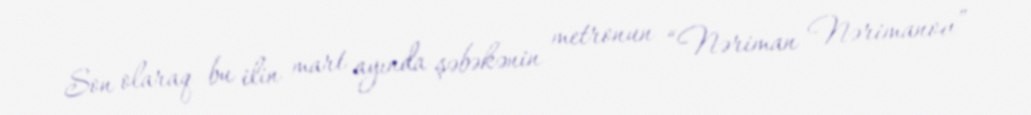
Son olaraq bu ilin mart ayında şəbəkənin metronun “Nəriman Nərimanov”